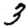
Digit: 3